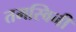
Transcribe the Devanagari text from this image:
तमस्विनी